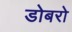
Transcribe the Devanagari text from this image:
डोबरो